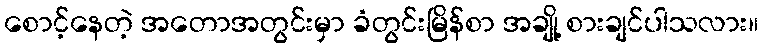
စောင့်နေတဲ့ အတောအတွင်းမှာ ခံတွင်းမြိန်စာ အချို့ စားချင်ပါသလား။